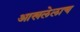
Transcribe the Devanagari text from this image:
आखलेलाच